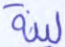
لينة